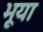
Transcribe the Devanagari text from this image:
भूया